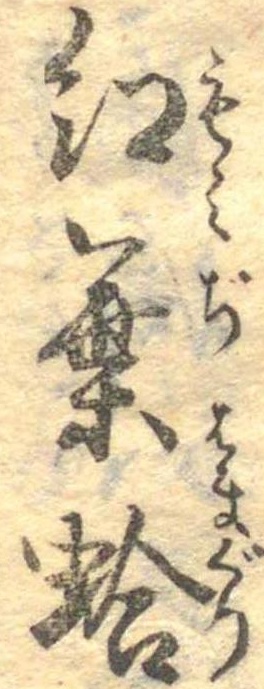
紅葉蛤